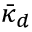
\bar { \kappa } _ { d }